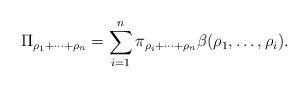
LaTeX: \begin{align*}\Pi_{\rho_1 + \cdots + \rho_n} = \sum_{i=1}^n \pi_{\rho_i + \cdots + \rho_n} \beta(\rho_1, \dots ,\rho_i).\end{align*}